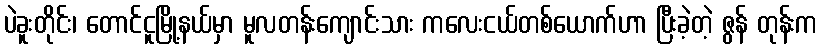
ပဲခူးတိုင်း၊ တောင်ငူမြို့နယ်မှာ မူလတန်းကျောင်းသား ကလေးငယ်တစ်ယောက်ဟာ ပြီးခဲ့တဲ့ ဇွန် တုန်းက